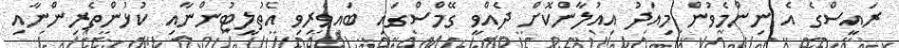
ރައީސްގެ އެ ނިންމެވުން މިއަދު އިއުލާންކޮށް ދެއްވީ ގޭމްސްގައި ބައިވެރިވި އެތުލީޓުންނާއި ކުޅުންތެރިންނާއި